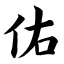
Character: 佑